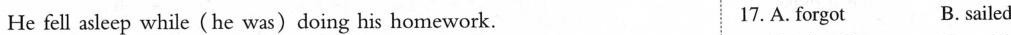
He fell asleep while (he was)doing his homework. 17. A.forgot B. sailed